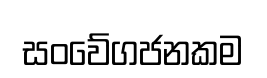
සංවේගජනකම